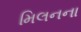
મિલનના